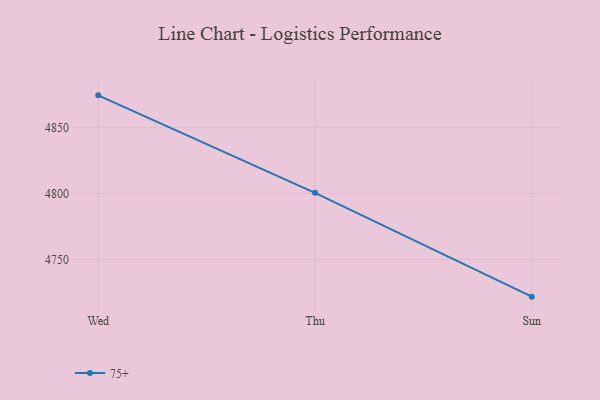
{"axis": {"x": "Day", "y": "Market Share (%)"}, "legend": ["75+"], "data": [{"x": "Wed", "y": 4874.3, "type": "75+"}, {"x": "Thu", "y": 4800.5, "type": "75+"}, {"x": "Sun", "y": 4721.9, "type": "75+"}]}